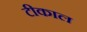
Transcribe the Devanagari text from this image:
टीकाल